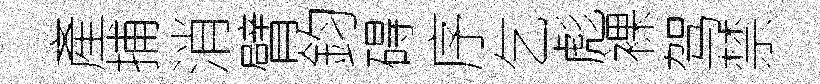
產捕消臂鈞碍序乞彪裸驾禁